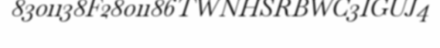
8301138F2801186TWNHSRBWC3IGUJ4